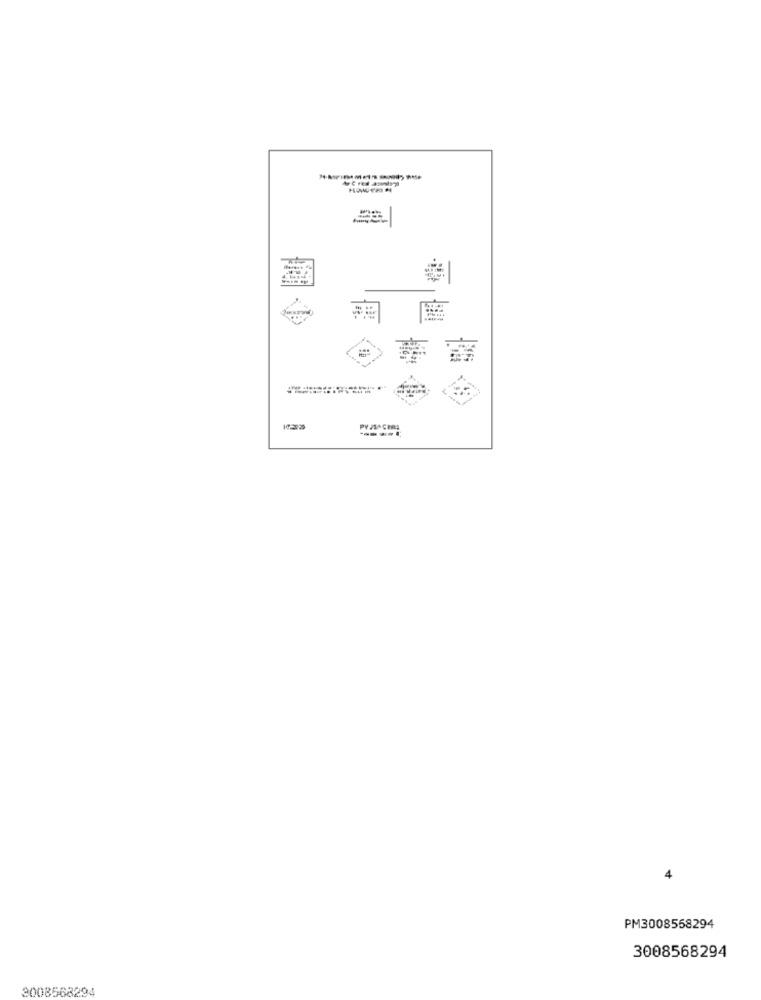
PY /SACHES
4
PM3008558294
3008568294
3008568294